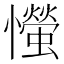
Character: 𢤨